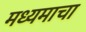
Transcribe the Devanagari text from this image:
मध्यमाचा